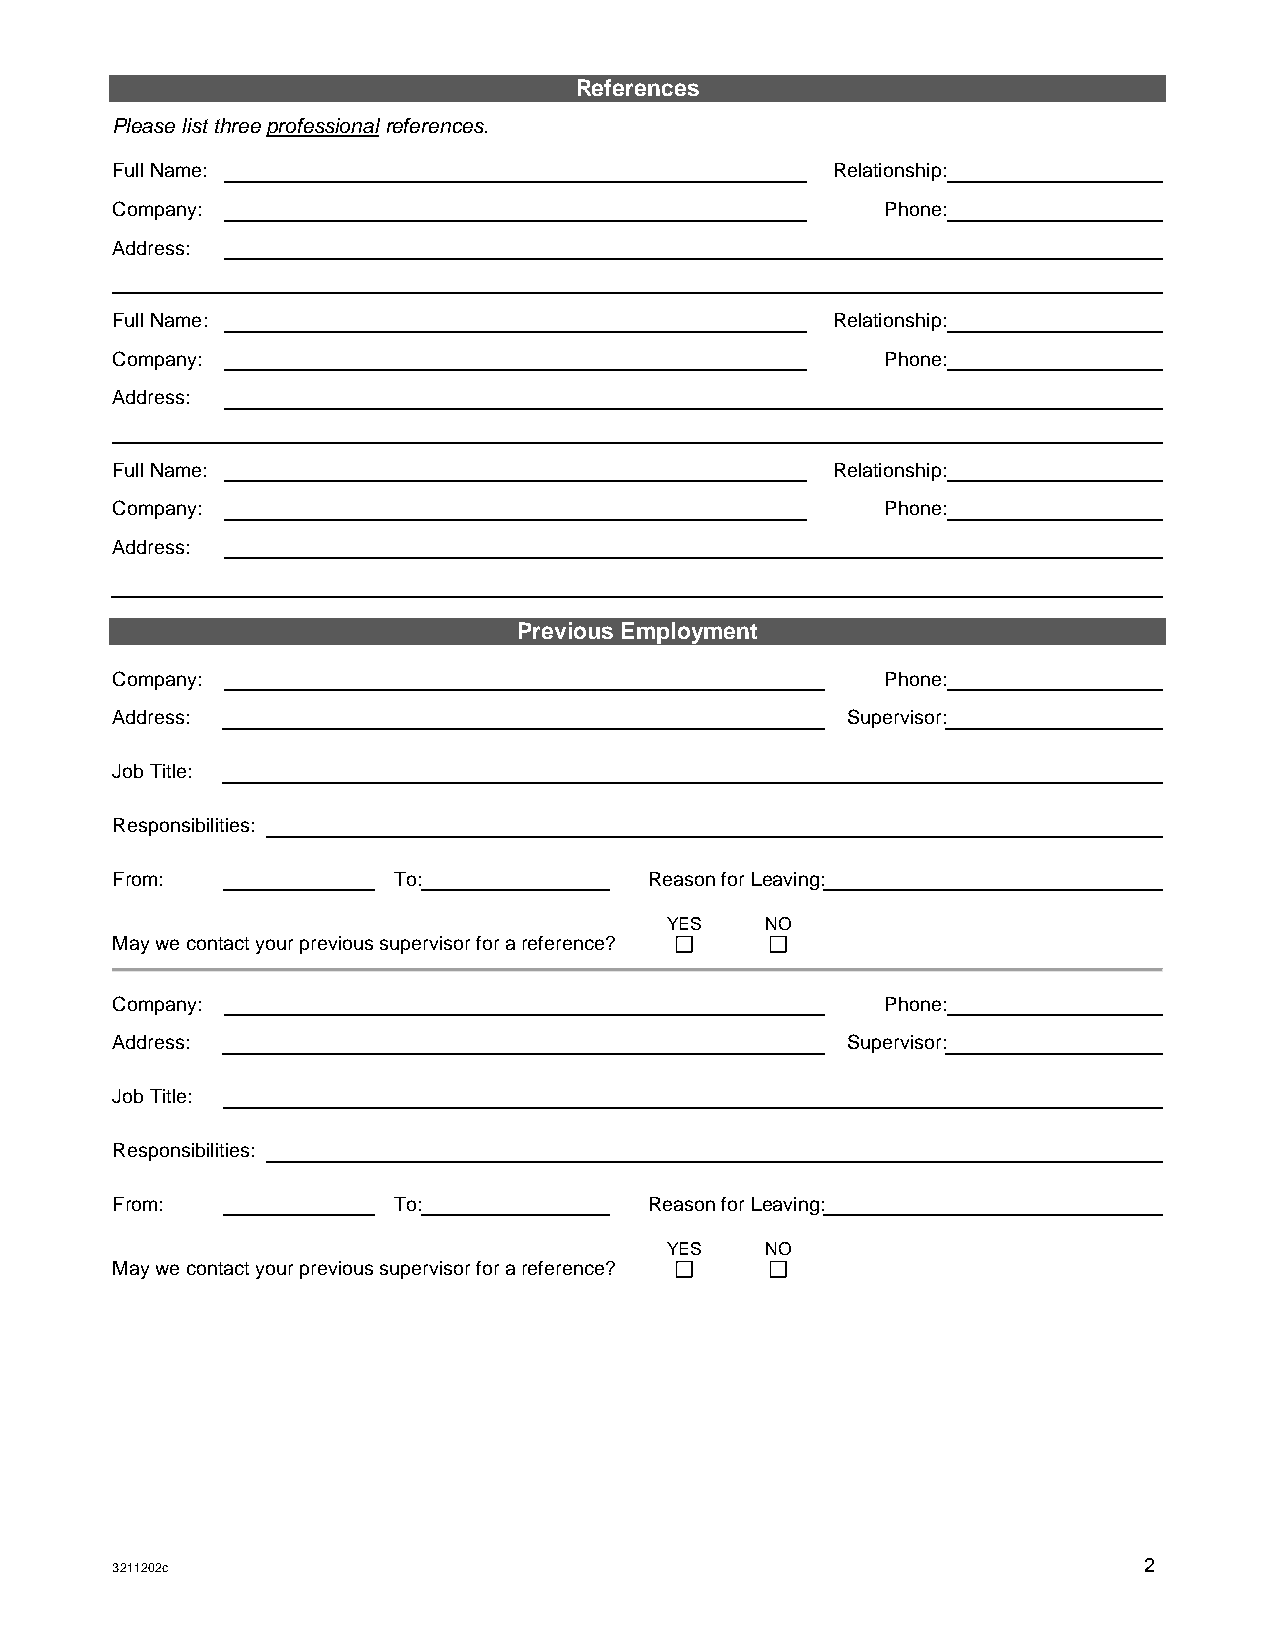
References
 Please list three professional references.
 Full Name:                                      Relationship:
 Company:                                            Phone:
 Address:
 Full Name:                                      Relationship:
 Company:                                            Phone:
 Address:
 Full Name:                                      Relationship:
 Company:                                            Phone:
 Address:
 Previous Employment
 Company:                                            Phone:
 Address:                                         Supervisor:
 Job Title:
 Responsibilities:
 From:              To:              Reason for Leaving:
 YES    NO
 May we contact your previous supervisor for a reference?
 Company:                                            Phone:
 Address:                                         Supervisor:
 Job Title:
 Responsibilities:
 From:              To:              Reason for Leaving:
 YES    NO
 May we contact your previous supervisor for a reference?
 3211202c                                                             2